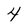
Character: 4